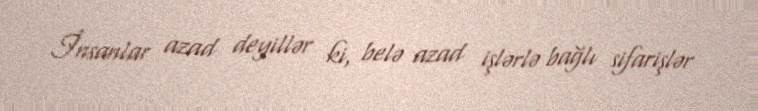
İnsanlar azad deyillər ki, belə azad işlərlə bağlı sifarişlər